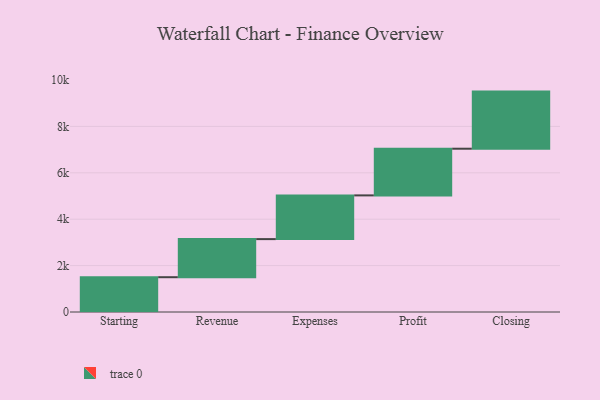
{"axis": {"x": "Step", "y": "Value"}, "legend": [""], "data": [{"x": "Starting", "y": 1500.0, "type": ""}, {"x": "Revenue", "y": 1642.0, "type": ""}, {"x": "Expenses", "y": 1885.0, "type": ""}, {"x": "Profit", "y": 2012.0, "type": ""}, {"x": "Closing", "y": 2462.0, "type": ""}]}